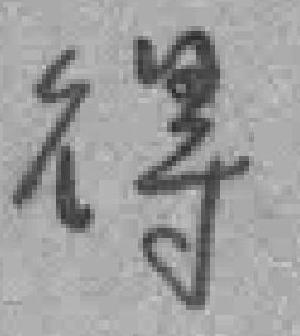
得